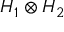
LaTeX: H _ { 1 } \otimes H _ { 2 }